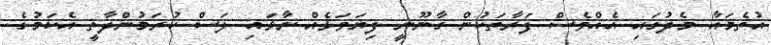
އުތެމައާ މެދުގައި އެއްވެސް ފަރާތަކުން ގާނޫނީ ފިޔަވަޅެއް ނާޅައި ލަސް ކުރަމުންދާތީ އެކަމުގެ